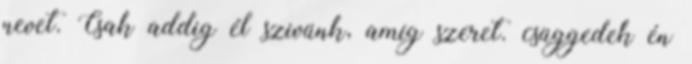
nevet. Csak addig él szivünk, amíg szeret. csüggedek én